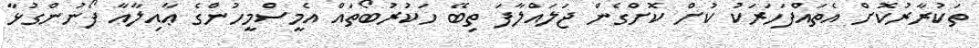
ތަކުރާރުކޮށް އެތައްފަހަރަކު ކުށް ކޮށްގެން ޖަލައްލާފަ ތިބޭ ހަކުރުބޯތައް އެމީސްމީހުންގެ ޢާއިލާއާ ފޯނުންގުޅާ